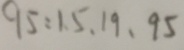
9 5 : 1 , 5 , 1 9 , 9 5